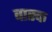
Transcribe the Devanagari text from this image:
वास्क